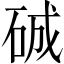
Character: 𥓉